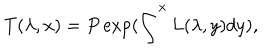
T ( \lambda , x ) = P \exp ( \int ^ { x } L ( \lambda , y ) d y ) ,